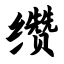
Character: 缵